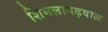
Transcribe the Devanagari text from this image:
शिमलागढ़वाल